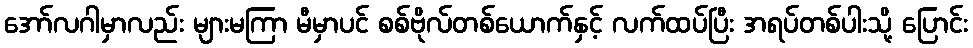
အော်လဂါမှာလည်း များမကြာ မီမှာပင် စစ်ဗိုလ်တစ်ယောက်နှင့် လက်ထပ်ပြီး အရပ်တစ်ပါးသို့ ပြောင်း